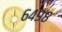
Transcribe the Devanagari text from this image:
६४९८